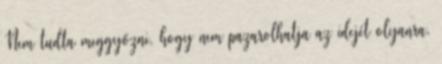
Nem tudta meggyőzni, hogy nem pazarolhatja az idejét olyanra,